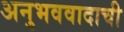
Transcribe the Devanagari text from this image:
अनुभववादाची